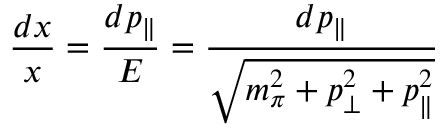
{ \frac { d x } { x } } = { \frac { d p _ { \parallel } } { E } } = { \frac { d p _ { \parallel } } { \sqrt { m _ { \pi } ^ { 2 } + p _ { \perp } ^ { 2 } + p _ { \parallel } ^ { 2 } } } }